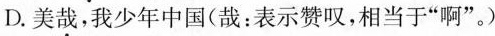
D.美哉，我少年中国(哉：表示赞叹，相当于”啊”。)